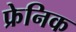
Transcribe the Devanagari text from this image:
फ्रेनिक